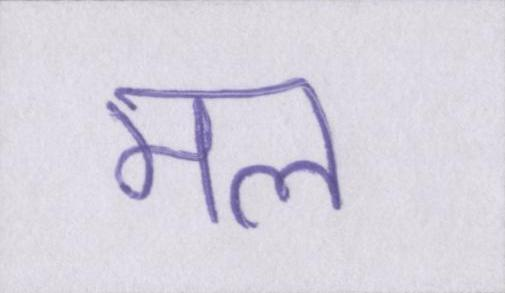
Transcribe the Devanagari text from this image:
मल